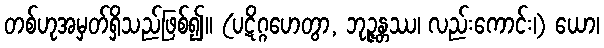
တစ်ဟုအမှတ်ရှိသည်ဖြစ်၍။ (ပဋိဂ္ဂဟေတွာ, ဘုဉ္ဇန္တဿ၊ လည်းကောင်း၊) ယော၊